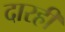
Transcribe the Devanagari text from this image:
दारही